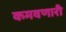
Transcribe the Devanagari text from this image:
कमवणारी